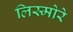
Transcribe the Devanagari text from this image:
लिस्मोरे